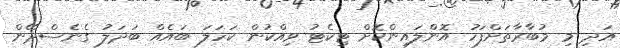
އަދި މި މުބާރާތަށްފަހު އޮންލައިންކޮށް ޓިކެޓު ވިއްކުން ކަހަލަ ބައެއް ބަދަލު ގެނެސްދޭން